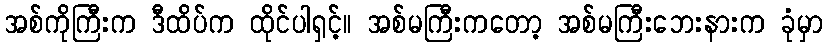
အစ်ကိုကြီးက ဒီထိပ်က ထိုင်ပါရှင့်။ အစ်မကြီးကတော့ အစ်မကြီးဘေးနားက ခုံမှာ